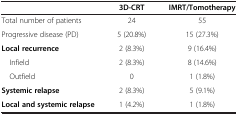
<table><thead><tr><td><b> </b></td><td><b>3D-CRT</b></td><td><b>IMRT/Tomotherapy</b></td></tr></thead><tbody><tr><td>Total number of patients</td><td>24</td><td>55</td></tr><tr><td>Progressive disease (PD)</td><td>5 (20.8%)</td><td>15 (27.3%)</td></tr><tr><td><b>Local recurrence</b></td><td>2 (8.3%)</td><td>9 (16.4%)</td></tr><tr><td> Infield</td><td>2 (8.3%)</td><td>8 (14.6%)</td></tr><tr><td> Outfield</td><td>0</td><td>1 (1.8%)</td></tr><tr><td><b>Systemic relapse</b></td><td>2 (8.3%)</td><td>5 (9.1%)</td></tr><tr><td><b>Local and systemic relapse</b></td><td>1 (4.2%)</td><td>1 (1.8%)</td></tr></tbody></table>